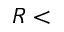
R <